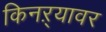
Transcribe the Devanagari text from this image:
किनऱ्यावर